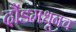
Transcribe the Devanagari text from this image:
दौंडमधूनच